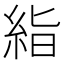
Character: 𥿻